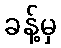
ခန့်မှ